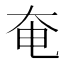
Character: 奄